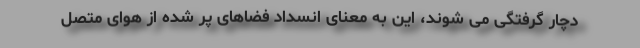
دچار گرفتگی می شوند، این به معنای انسداد فضاهای پر شده از هوای متصل